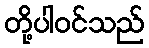
တို့ပါဝင်သည်